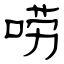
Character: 唠